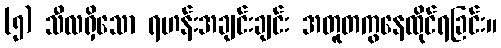
(၅) သီလရှိသော ရဟန်းအချင်းချင်း အတူတကွနေထိုင်ရခြင်း။